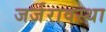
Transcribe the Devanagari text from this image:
जर्जरावस्था